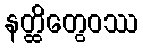
နတ္ထိတွေဝဿ